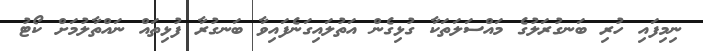
ނިމިފައި ހުރި ބަނގުރަލުގެ މައްސަލަތަކާ ގުޅިގެން އަތުލައިގަނެފައިވާ ބަނގުރާ ފުޅިތައް ނައްތާލުމަށް ކޯޓު